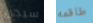
سيجن طاقمه